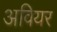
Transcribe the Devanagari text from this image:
अवियर